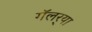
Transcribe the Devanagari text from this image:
गॅलर्‍या